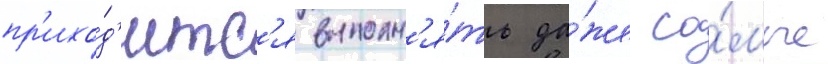
пр'ихо́д'итс'я выполн'я́ть да́же са́мые